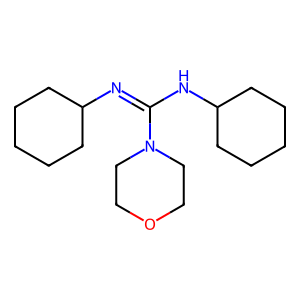
SMILES: C1CCC(N=C(NC2CCCCC2)N2CCOCC2)CC1
Inhibits HIV replication: No